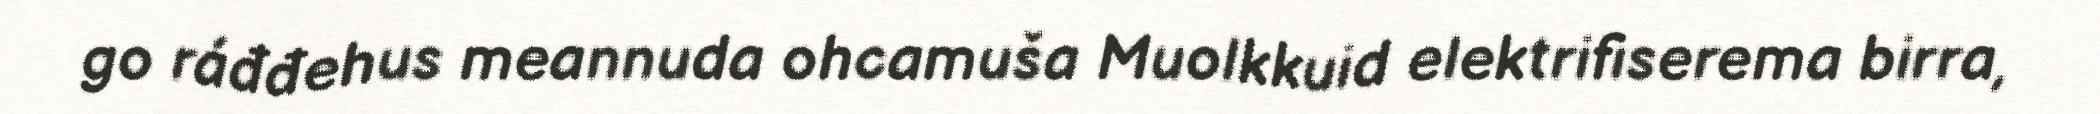
go ráđđehus meannuda ohcamuša Muolkkuid elektrifiserema birra,